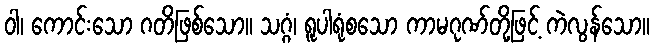
ဝါ၊ ကောင်းသော ဂတိဖြစ်သော။ သဂ္ဂံ၊ ရူပါရုံစသော ကာမဂုဏ်တို့ဖြင့် ကဲလွန်သော။